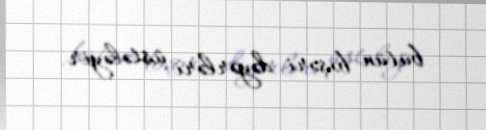
bütün bəşəri dəyərləri üstələyir.